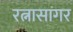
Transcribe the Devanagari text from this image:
रत्नासागर